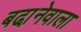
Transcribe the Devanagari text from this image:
बढा़नेवाला